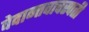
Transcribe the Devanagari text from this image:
वेदान्तवाचस्पती